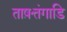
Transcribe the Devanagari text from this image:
ताष़त्तंगाडि